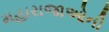
મહારાજાઓની